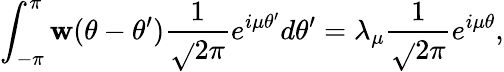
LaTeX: \int_{-\pi}^{\pi}\mathbf{w}(\theta-\theta^{\prime})\frac{{1}}{{\sqrt{}{{2\pi}}}}e^{i\mu\theta^{\prime}}d\theta^{\prime}=\lambda_{\mu}\frac{{1}}{{\sqrt{}{{2\pi}}}}e^{i\mu\theta},